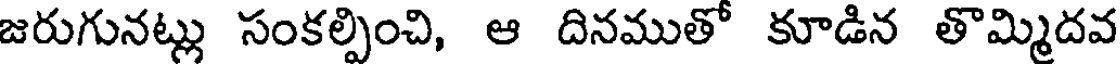
జరుగునట్లు సంకల్పించి, ఆ దినముతో కూడిన తొమ్మిదవ